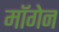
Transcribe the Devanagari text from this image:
मॉगेन